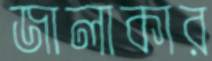
জালাকার